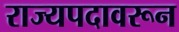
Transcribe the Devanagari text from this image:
राज्यपदावरून